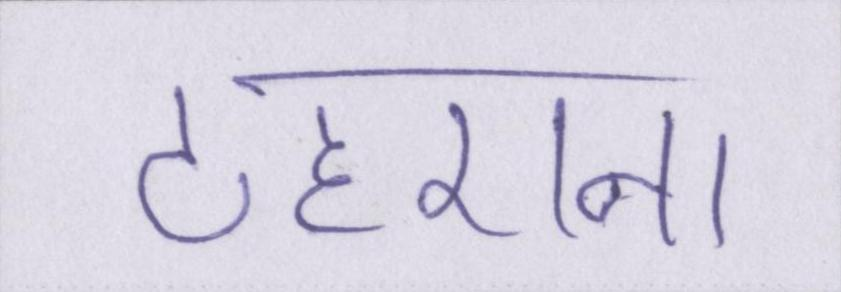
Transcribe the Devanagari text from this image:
ठहराना